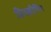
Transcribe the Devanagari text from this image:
प्रिस्क्रीनिंग